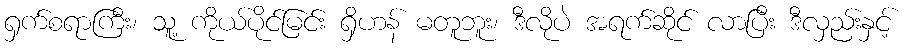
ရှက်စရာကြီး၊ သူ့ ကိုယ်ပိုင်မြင်း ရှိဟန် မတူဘူး၊ ဒီလိုပဲ အရက်ဆိုင် လာပြီး ဒီလှည်းနှင့်